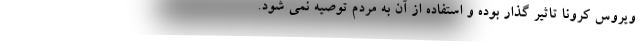
ویروس کرونا تاثیر گذار بوده و استفاده از آن به مردم توصیه نمی شود.